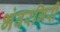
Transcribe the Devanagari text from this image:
भंवरगिरी